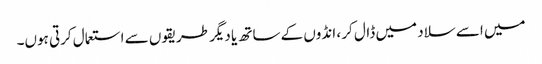
میں اسے سلاد میں ڈال کر ، انڈوں کے ساتھ یا دیگر طریقوں سے استعمال کرتی ہوں۔